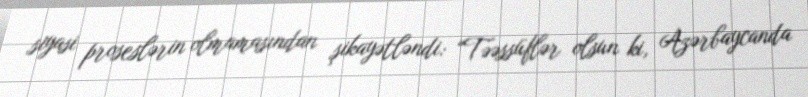
siyasi proseslərin olmamasından şikayətləndi: “Təəssüflər olsun ki, Azərbaycanda